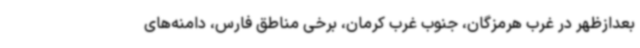
بعدازظهر در غرب هرمزگان، جنوب غرب کرمان، برخی مناطق فارس، دامنه‌های